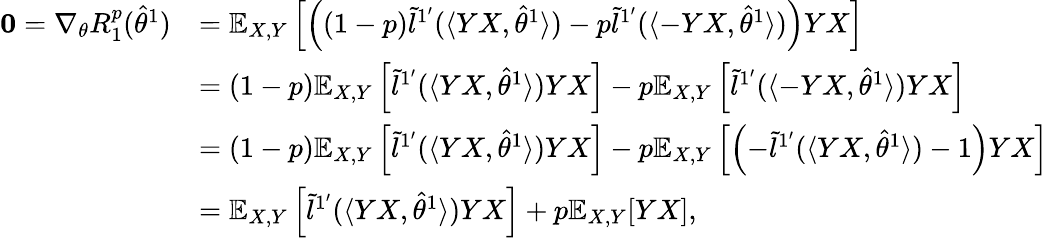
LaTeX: \begin{array}{rl}{\mathbf{0}=\nabla_{\theta}R_{1}^{p}(\hat{\theta}^{1})}&{=\mathbb{E}_{X,Y}\left[\left((1-p)\tilde{l}^{1^{\prime}}(\langle YX,\hat{\theta}^{1}\rangle)-p\tilde{l}^{1^{\prime}}(\langle-YX,\hat{\theta}^{1}\rangle)\right)YX\right]}\\ &{=(1-p)\mathbb{E}_{X,Y}\left[\tilde{l}^{1^{\prime}}(\langle YX,\hat{\theta}^{1}\rangle)YX\right]-p\mathbb{E}_{X,Y}\left[\tilde{l}^{1^{\prime}}(\langle-YX,\hat{\theta}^{1}\rangle)YX\right]}\\ &{=(1-p)\mathbb{E}_{X,Y}\left[\tilde{l}^{1^{\prime}}(\langle YX,\hat{\theta}^{1}\rangle)YX\right]-p\mathbb{E}_{X,Y}\left[\left(-\tilde{l}^{1^{\prime}}(\langle YX,\hat{\theta}^{1}\rangle)-1\right)YX\right]}\\ &{=\mathbb{E}_{X,Y}\left[\tilde{l}^{1^{\prime}}(\langle YX,\hat{\theta}^{1}\rangle)YX\right]+p\mathbb{E}_{X,Y}[YX],}\end{array}